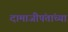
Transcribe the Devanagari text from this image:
दामाजीपंतांच्या